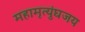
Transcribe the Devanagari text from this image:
महामृत्युंघजय